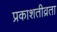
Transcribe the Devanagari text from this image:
प्रकाशतीव्रता